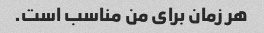
هر زمان برای من مناسب است.